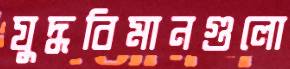
যুদ্ধবিমানগুলো